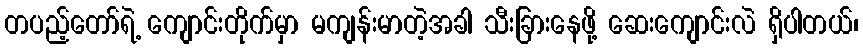
တပည့်တော်ရဲ့ ကျောင်းတိုက်မှာ မကျန်းမာတဲ့အခါ သီးခြားနေဖို့ ဆေးကျောင်းလဲ ရှိပါတယ်၊